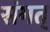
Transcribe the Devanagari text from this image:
संगत्